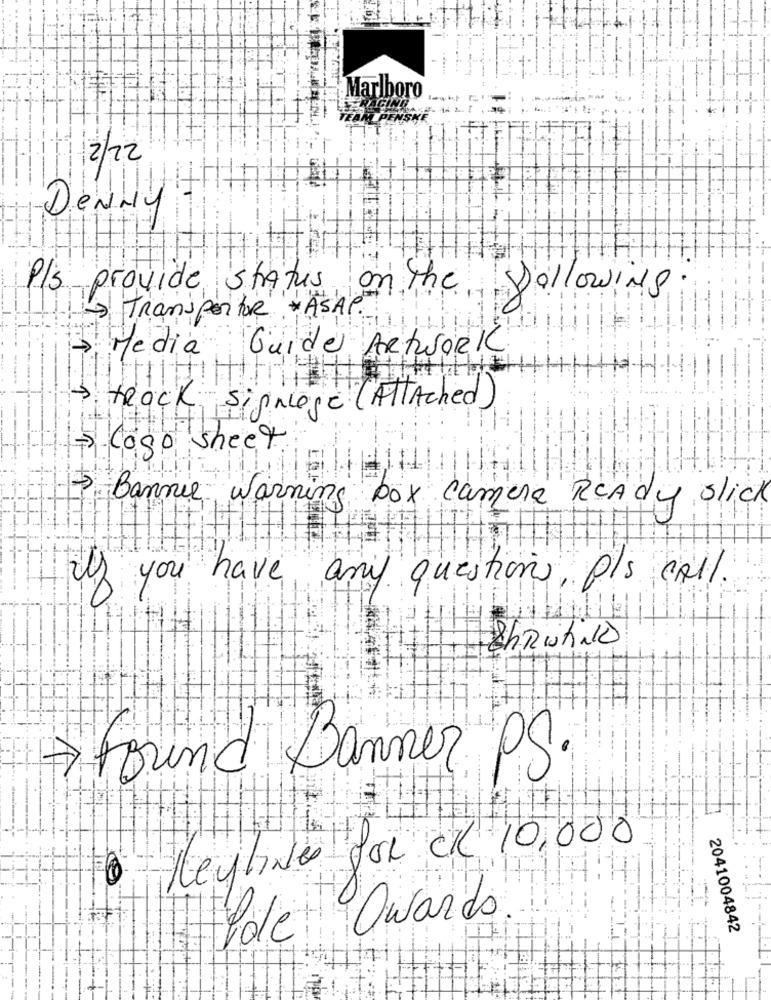
Marlboro
RACING ..
2TERR PENSKE
12/12
DENLy
P/s provide status on The
following
- TransportoR * ASAP.
ES Media Guide Artwork
> tRock, sinnlose (ATTAched)
- Coso sheet.
) Bannie warning box camere RCAdy slick
if you have any questions, pls call.
ShrWhile
Found Banner PS.
Heyline for cl 10,000
Owards
Pole
2041004842